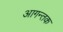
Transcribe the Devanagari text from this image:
आगन्तक